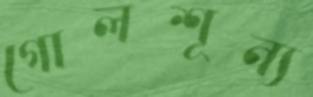
গোলশূন্য